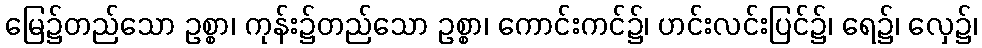
မြေ၌တည်သော ဥစ္စာ၊ ကုန်း၌တည်သော ဥစ္စာ၊ ကောင်းကင်၌၊ ဟင်းလင်းပြင်၌၊ ရေ၌၊ လှေ၌၊